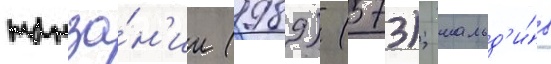
танза́н'ии (1989) (573); мальд'и́в